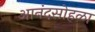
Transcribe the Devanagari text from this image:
आनंदसोहळा